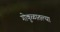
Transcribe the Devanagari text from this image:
गोकुळातल्या